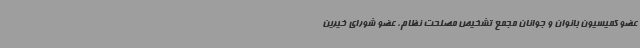
عضو کمیسیون بانوان و جوانان مجمع تشخیص مصلحت نظام، عضو شورای خیرین